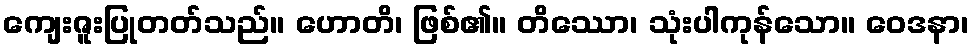
ကျေးဇူးပြုတတ်သည်။ ဟောတိ၊ ဖြစ်၏။ တိဿော၊ သုံးပါကုန်သော။ ဝေဒနာ၊